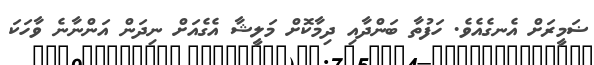
ޟަމީރަށް އެނގެއެވެ. ހަފުތާ ބަންދާއި ދިމާކޮށް މަލީޝާ އެގެއަށް ނިދަން އަންނާނެ ވާހަކަ